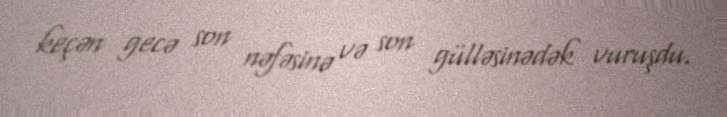
keçən gecə son nəfəsinə və son gülləsinədək vuruşdu.